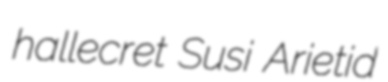
hallecret Susi Arietid